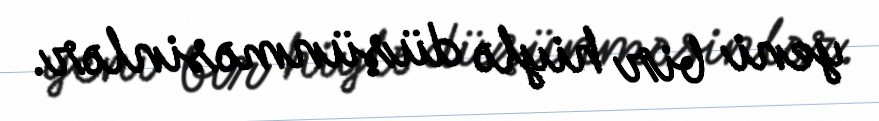
yeni bir hiylə düşünməsinlər.